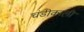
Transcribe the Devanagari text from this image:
चंडीकाली